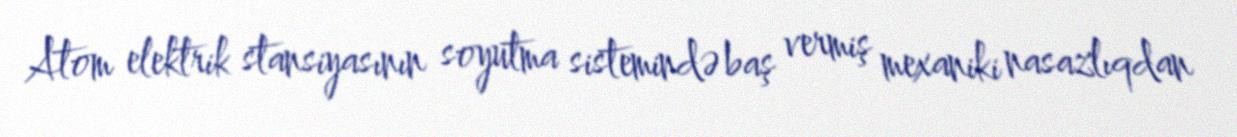
Atom elektrik stansiyasının soyutma sistemində baş vermiş mexaniki nasazlıqdan